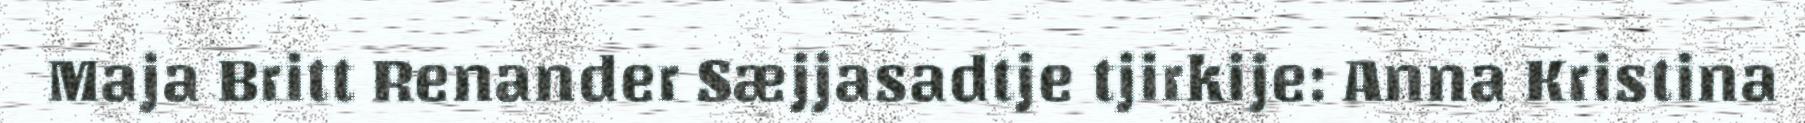
Maja Britt Renander Sæjjasadtje tjirkije: Anna Kristina